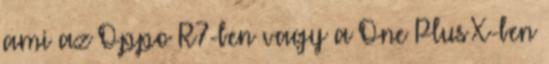
ami az Oppo R7-ben vagy a One Plus X-ben